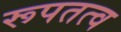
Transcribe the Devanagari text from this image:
रूपतत्व